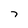
Character: 7